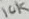
Text: 10K